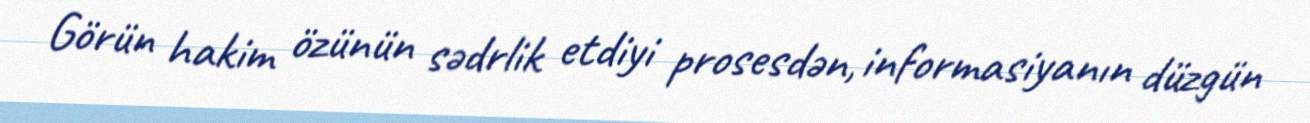
Görün hakim özünün sədrlik etdiyi prosesdən, informasiyanın düzgün